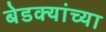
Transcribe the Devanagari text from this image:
बेडक्यांच्या